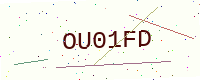
Text: OU01FD